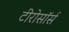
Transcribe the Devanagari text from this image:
टीरोसॉर्स